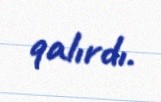
qalırdı.